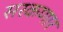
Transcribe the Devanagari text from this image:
सरकणार